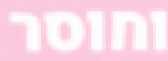
וחוסר